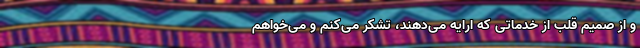
و از صمیم قلب از خدماتی که ارایه می‌دهند، تشکر می‌کنم و می‌خواهم